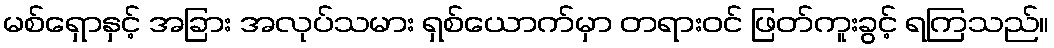
မစ်ရှောနှင့် အခြား အလုပ်သမား ရှစ်ယောက်မှာ တရားဝင် ဖြတ်ကူးခွင့် ရကြသည်။